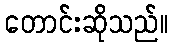
တောင်းဆိုသည်။